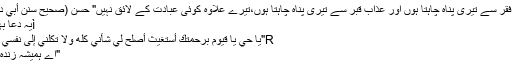
میں کُفر اور فقر سے تیری پناہ چاہتا ہوں اور عذابِ قبر سے تیری پناہ چاہتا ہوں،تیرے علاوہ کوئی عبادت کے لائق نہیں" حسن (صحيح سنن أبي داود 3/959)
ìیہ دعا بھی ثابت ہے:
R"يا حَيُّ يا قَيومُ بِرَحْمَتِكَ أستَغِيثُ أصْلِحْ لي شأنِي كُلّهُ ولاَ تَكِلْنِي إلى نفسي طرفَةَ عَيْنٍ" .
"اے ہمیشہ زندہ رہنے والے!